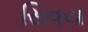
સિવય